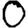
Digit: 0